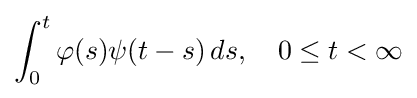
\int _{0}^{t}\varphi (s)\psi (t-s)\,ds,\quad 0\leq t<\infty